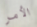
الأمر